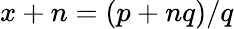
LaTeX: x+n=(p+nq)/q